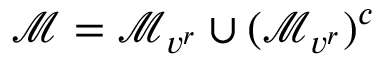
\mathcal { M } = \mathcal { M } _ { v ^ { r } } \cup ( \mathcal { M } _ { v ^ { r } } ) ^ { c }